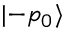
| { - p _ { 0 } } \rangle